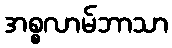
အစ္စလာမ်ဘာသာ